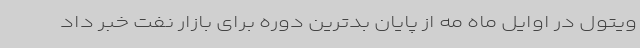
ویتول در اوایل ماه مه از پایان بدترین دوره برای بازار نفت خبر داد